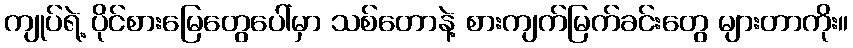
ကျုပ်ရဲ့ ပိုင်စားမြေတွေပေါ်မှာ သစ်တောနဲ့ စားကျက်မြက်ခင်းတွေ များတာကိုး။